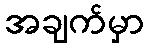
အချက်မှာ